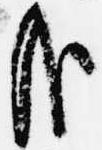
哉